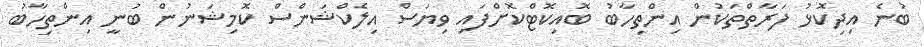
ބުނެ އިދިކޮޅު ފަރާތްތަކުން އިންތިހާބު ބޮއިކޮޓްކޮށްފައި ވިޔަސް އިލެކްޝަންސް ކޮމިޝަނުން ބުނީ އިންތިހާބު